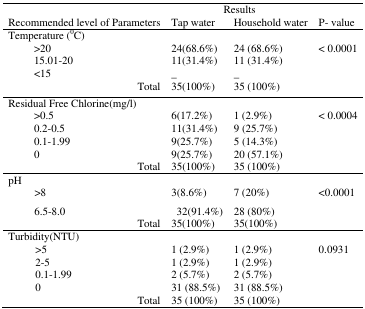
| <COLSPAN=3>  | <COLSPAN=2> Results |  |
 | <COLSPAN=3> Recommended level of Parameters | Tap water | Household water | P- value |
 | --- | --- | --- | --- | --- | --- |
 | <COLSPAN=2> Temperature (°C) |  |  |  |  |
 |  | >20 |  | 24(68.6%) | 24 (68.6%) | < 0.0001 |
 |  | 15.01–20 |  | 11(31.4%) | 11 (31.4%) |  |
 |  | <15 |  | _ | _ |  |
 |  |  | Total | 35(100%) | 35 (100%) |  |
 | <COLSPAN=3> Residual Free Chlorine(mg/l) |  |  |  |
 |  | >0.5 |  | 6(17.2%) | 1 (2.9%) | < 0.0004 |
 |  | 0.2–0.5 |  | 11(31.4%) | 9 (25.7%) |  |
 |  | 0.1–1.99 |  | 9(25.7%) | 5 (14.3%) |  |
 |  | 0 |  | 9(25.7%) | 20 (57.1%) |  |
 |  |  | Total | 35(100%) | 35 (100%) |  |
 | pH |  |  |  |  |  |
 |  | >8 |  | 3(8.6%) | 7 (20%) | <0.0001 |
 |  | 6.5–8.0 |  | 32(91.4%) | 28 (80%) |  |
 |  |  | Total | 35(100%) | 35(100%) |  |
 | <COLSPAN=2> Turbidity(NTU) |  |  |  |  |
 |  | >5 |  | 1 (2.9%) | 1 (2.9%) | 0.0931 |
 |  | 2–5 |  | 1 (2.9%) | 1 (2.9%) |  |
 |  | 0.1–1.99 |  | 2 (5.7%) | 2 (5.7%) |  |
 |  | 0 |  | 31 (88.5%) | 31 (88.5%) |  |
 |  |  | Total | 35 (100%) | 35 (100%) |  |